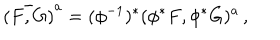
{ \bar { ( F , G ) } } ^ { a } = ( \phi ^ { - 1 } ) ^ { * } ( \phi ^ { * } F , \phi ^ { * } G ) ^ { a } \, ,